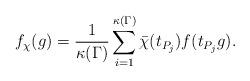
LaTeX: \begin{align*}f_{\chi}(g)=\frac{1}{\kappa(\Gamma)}\sum_{i=1}^{\kappa(\Gamma)}\bar{\chi}(t_{P_j})f(t_{P_j}g).\end{align*}